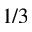
1 / 3